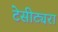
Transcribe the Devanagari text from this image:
टेसीट्यरा